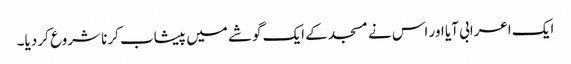
ایک اعرابی آیا اور اس نے مسجد کے ایک گوشے میں پیشاب کرنا شروع کر دیا۔